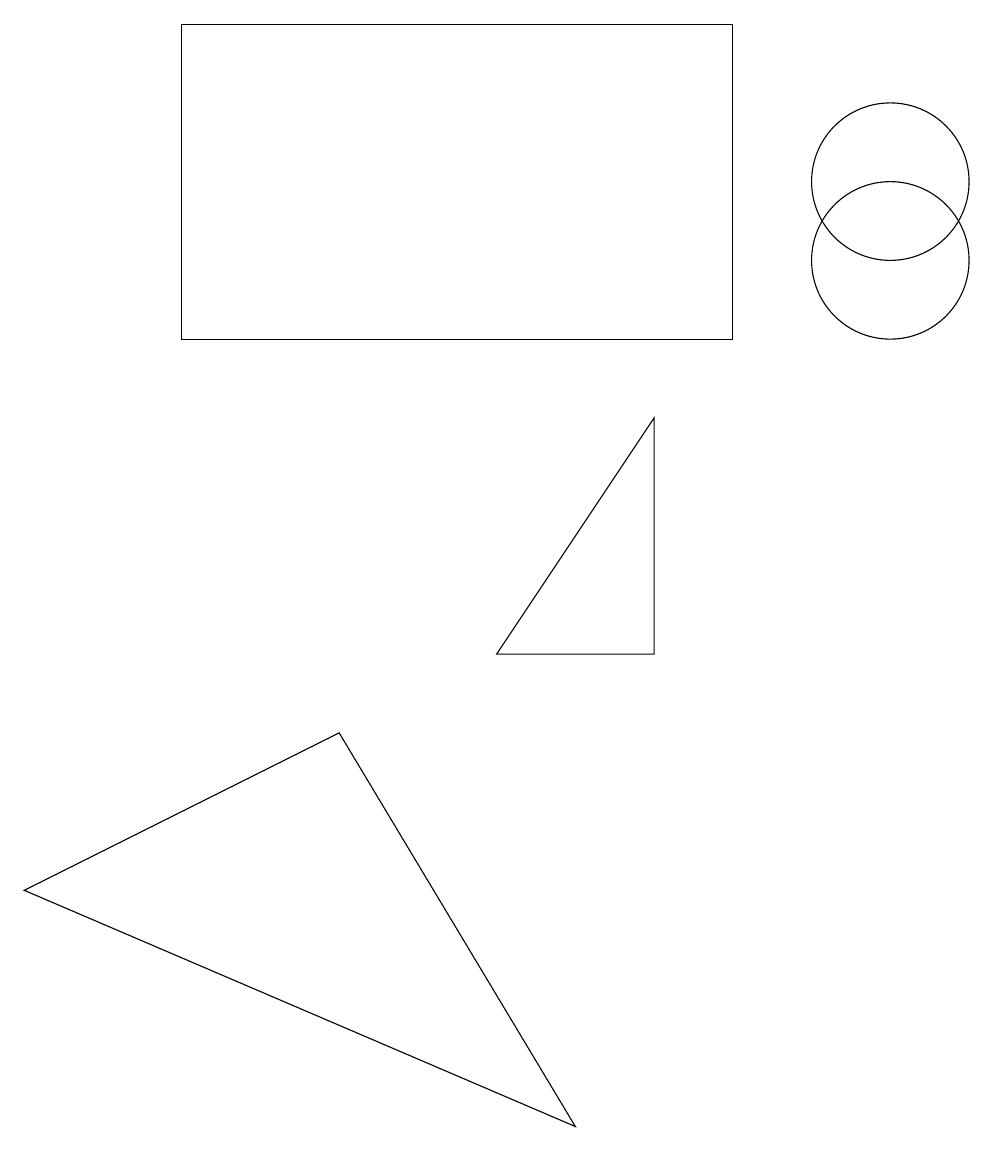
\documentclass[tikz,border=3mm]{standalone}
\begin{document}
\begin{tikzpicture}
\draw (8,6) -- (6,6) -- (8,9) -- cycle;
\draw (11,11) circle (1);
\draw (9,10) rectangle (2,14);
\draw (11,12) circle (1);
\draw (7,0) -- (0,3) -- (4,5) -- cycle;
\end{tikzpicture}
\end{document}